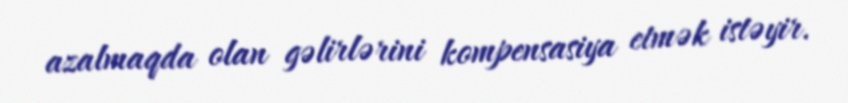
azalmaqda olan gəlirlərini kompensasiya etmək istəyir.